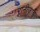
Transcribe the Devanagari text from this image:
रानीज़ाई